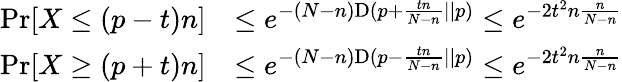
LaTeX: {\begin{array}{rl}{\operatorname*{Pr}[X\leq(p-t)n]}&{\leq e^{-(N-n){\mathrm{D}}(p+{\frac{tn}{N-n}}||p)}\leq e^{-2t^{2}n{\frac{n}{N-n}}}}\\ {\operatorname*{Pr}[X\geq(p+t)n]}&{\leq e^{-(N-n){\mathrm{D}}(p-{\frac{tn}{N-n}}||p)}\leq e^{-2t^{2}n{\frac{n}{N-n}}}}\end{array}}